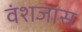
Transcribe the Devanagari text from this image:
वंशजास